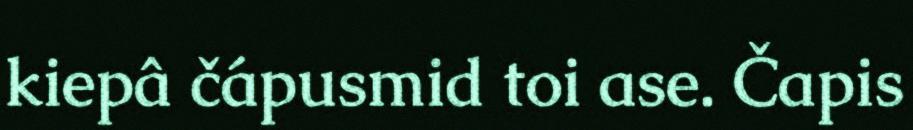
kiepâ čápusmid toi ase. Čapis